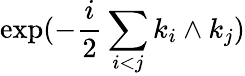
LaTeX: \exp(-\frac{i}{2}\sum_{i<j}k_{i}\wedge k_{j})